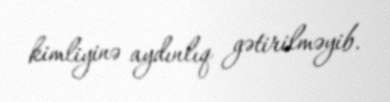
kimliyinə aydınlıq gətirilməyib.